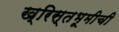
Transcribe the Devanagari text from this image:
ख्रिस्तभूमीची